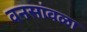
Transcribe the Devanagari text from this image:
वनसांवळा